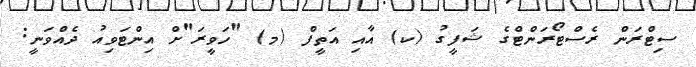
ސިޓްރަން ރެސްޓޯރަންޓްގެ ޝަފީގު (ކ) އާއި އަތީފް (މ) "ހަވީރަ"ށް އިންޓަވިއު ދެއްވަނީ: